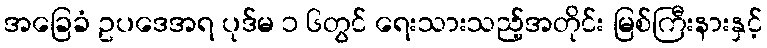
အခြေခံ ဥပဒေအရ ပုဒ်မ ၁ ၆တွင် ရေးသားသည့်အတိုင်း မြစ်ကြီးနားနှင့်